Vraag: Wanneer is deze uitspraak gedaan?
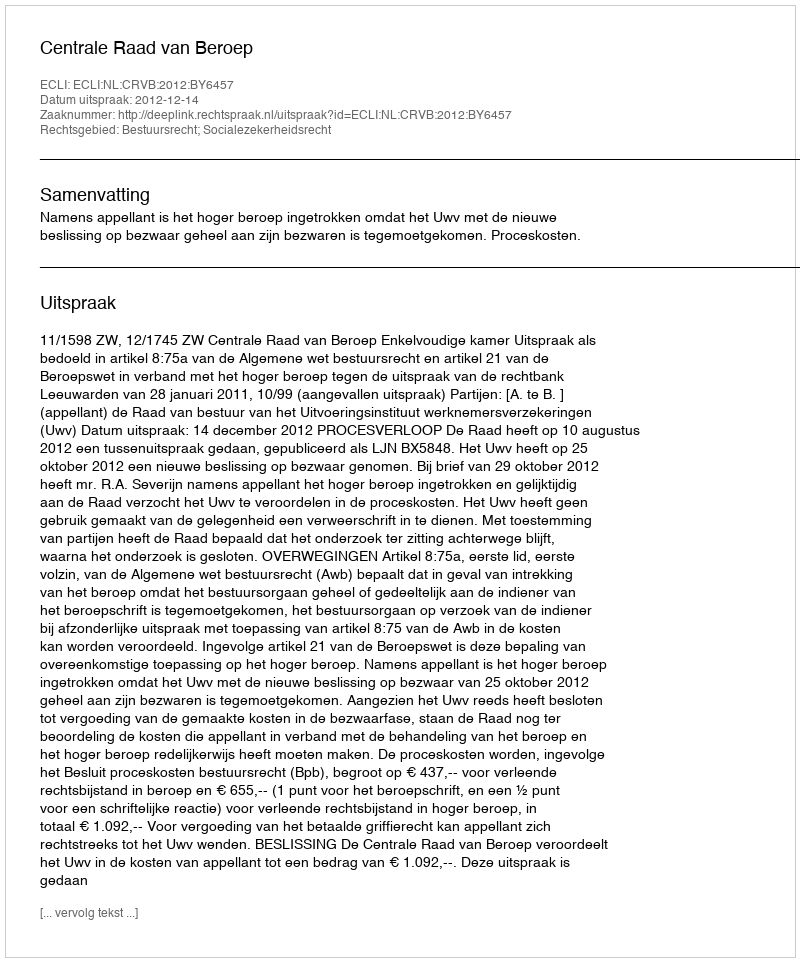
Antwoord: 2012-12-14